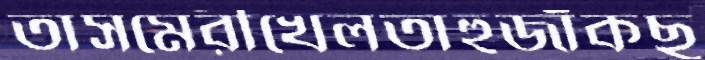
তাসমেরীখেলতাহুজাঁকছ